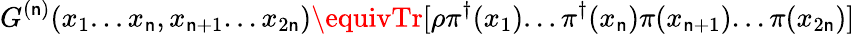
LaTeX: G^{(\mathsf{n})}(x_{1}...x_{\mathsf{n}},x_{\mathsf{n}+1}...x_{2\mathsf{n}})\equivTr[\rho\pi^{\dagger}(x_{1})...\pi^{\dagger}(x_{\mathsf{n}})\pi(x_{\mathsf{n}+1})...\pi(x_{2\mathsf{n}})]